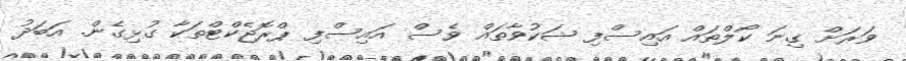
ވަރަށް ގިނަ ކޯލްތައް އައިސްފި ޝަކުވާތައް ވެސް އައިސްފި ޕްރޮޖެކްޓްތަކާ ގުޅިގެން. އަބަދު